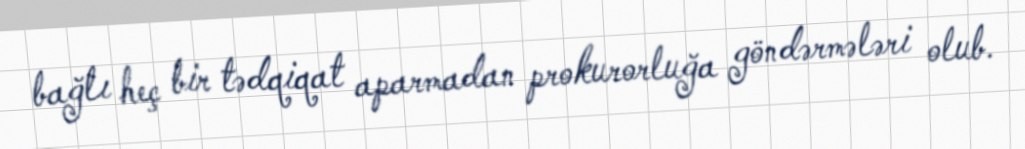
bağlı heç bir tədqiqat aparmadan prokurorluğa göndərmələri olub.